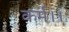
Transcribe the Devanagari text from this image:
कर्म।।